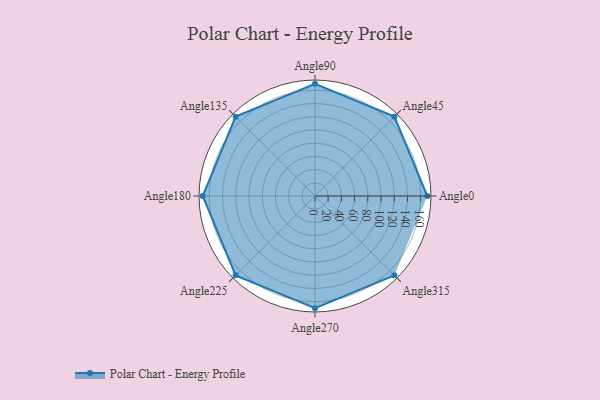
{"axis": {"x": "Angle", "y": "Radius"}, "legend": [""], "data": [{"x": "Angle0", "y": 170, "type": ""}, {"x": "Angle45", "y": 170, "type": ""}, {"x": "Angle90", "y": 170, "type": ""}, {"x": "Angle135", "y": 170, "type": ""}, {"x": "Angle180", "y": 170, "type": ""}, {"x": "Angle225", "y": 170, "type": ""}, {"x": "Angle270", "y": 170, "type": ""}, {"x": "Angle315", "y": 170, "type": ""}]}